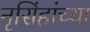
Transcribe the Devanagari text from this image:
नृसिंहांंच्या